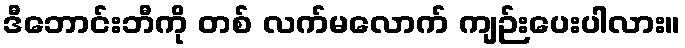
ဒီဘောင်းဘီကို တစ် လက်မလောက် ကျဉ်းပေးပါလား။